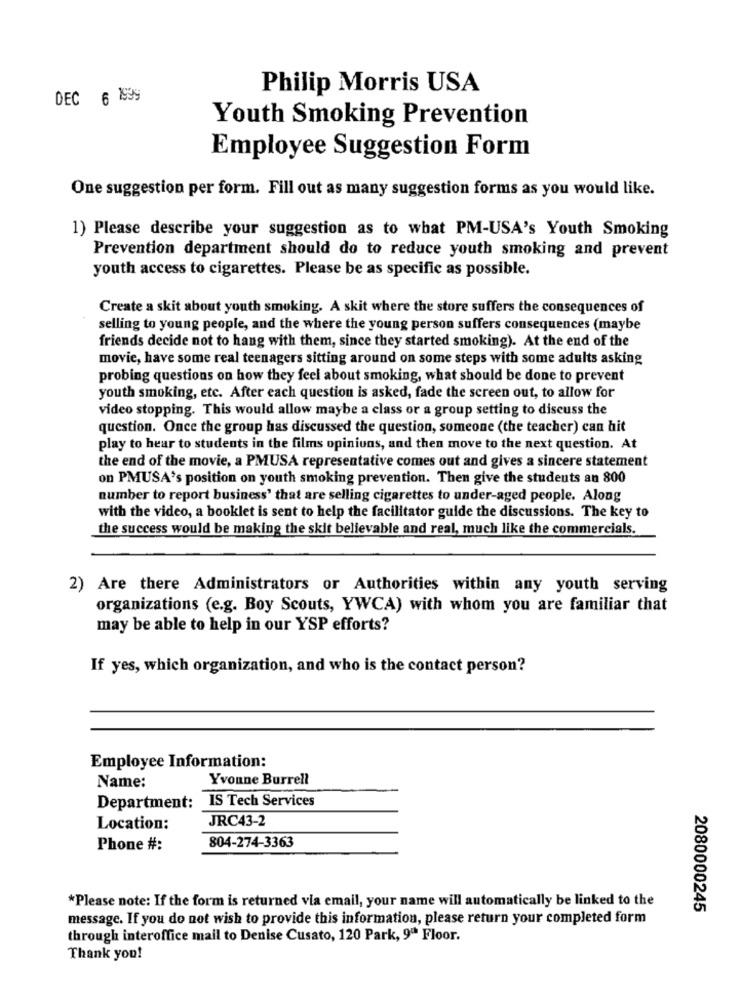
Philip Morris USA
DEC 6 1999
Youth Smoking Prevention
Employee Suggestion Form
One suggestion per form. Fill out as many suggestion forms as you would like.
1) Please describe your suggestion as to what PM-USA's Youth Smoking
Prevention department should do to reduce youth smoking and prevent
youth access to cigarettes. Please be as specific as possible.
Create a skit about youth smoking. A skit where the store suffers the consequences of
selling to young people, and the where the young person suffers consequences (maybe
friends decide not to hang with them, since they started smoking). At the end of the
movie, have some real teenagers sitting around on some steps with some adults asking
probing questions on how they feel about smoking, what should be done to prevent
youth smoking, etc. After each question is asked, fade the screen out, to allow for
video stopping. This would allow maybe a class or a group setting to discuss the
question. Once the group has discussed the question, someone (the teacher) can hit
play to hear to students in the films opinions, and then move to the next question. At
the end of the movie, a PMUSA representative comes out and gives a sincere statement
on PMUSA's position on youth smoking prevention. Then give the students an 800
number to report business' that are selling cigarettes to under-aged people. Along
with the video, a booklet is sent to help the facilitator guide the discussions. The key to
the success would be making the skit believable and real, much like the commercials.
2) Are there Administrators or Authorities within any youth serving
organizations (e.g. Boy Scouts, YWCA) with whom you are familiar that
may be able to help in our YSP efforts?
If yes, which organization, and who is the contact person?
Employee Information:
Yvonne Burrell
Name:
Department: IS Tech Services
JRC43-2
Location:
804-274-3363
Phone #:
*Please note: If the form is returned via email, your name will automatically be linked to the
2080000245
message. If you do not wish to provide this information, please return your completed form
through interoffice mail to Denise Cusato, 120 Park, 9ª Floor.
Thank you!